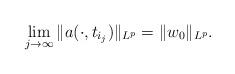
LaTeX: \begin{align*}\lim\limits_{j\rightarrow\infty}\|a(\cdot,t_{i_{j}})\|_{L^{p}}=\|w_{0}\|_{L^{p}}.\end{align*}